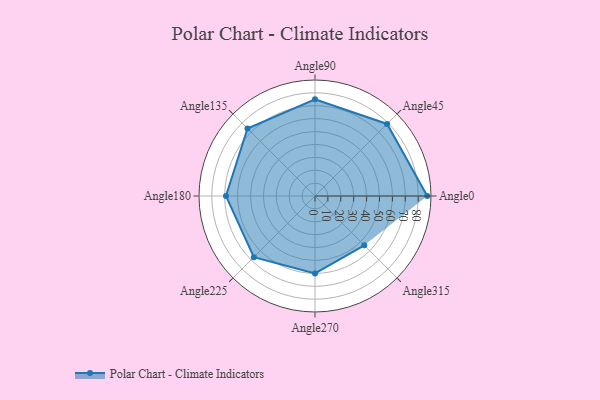
{"axis": {"x": "Angle", "y": "Radius"}, "legend": [""], "data": [{"x": "Angle0", "y": 87.0, "type": ""}, {"x": "Angle45", "y": 79.0, "type": ""}, {"x": "Angle90", "y": 75.0, "type": ""}, {"x": "Angle135", "y": 74.0, "type": ""}, {"x": "Angle180", "y": 69.0, "type": ""}, {"x": "Angle225", "y": 67.0, "type": ""}, {"x": "Angle270", "y": 60.0, "type": ""}, {"x": "Angle315", "y": 54.0, "type": ""}]}